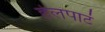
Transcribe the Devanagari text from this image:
हेलपाटं